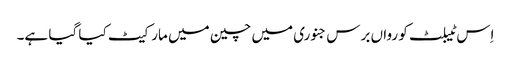
اِس ٹیبلٹ کو رواں برس جنوری میں چین میں مارکیٹ کیا گیا ہے۔